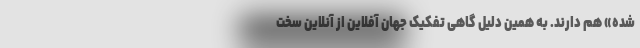
شده» هم دارند. به همین دلیل گاهی تفکیک جهان آفلاین از آنلاین سخت